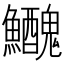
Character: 𩽤